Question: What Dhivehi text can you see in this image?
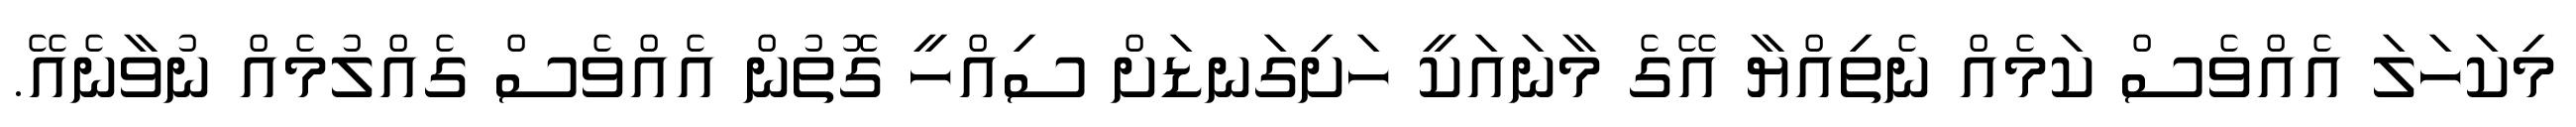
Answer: މިކަހަލަ އެއްވެސް ކަމެއް ނެތިއްޔާ އޭގެ މާނައަކީ ހަށިގަނޑަށް ސިއްހީ ގޮތުން އެއްވެސް ގެއްލުމެއް ނުވާނެއޭ.